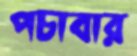
পচাবার